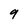
Character: 9